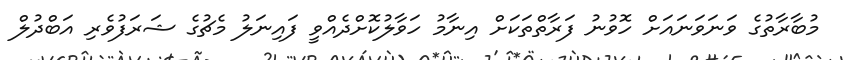
މުބާރާތުގެ ވަނަވަނައަށް ހޮވުނު ފަރާތްތަކަށް އިނާމު ހަވާލުކޮށްދެއްވީ ފައިނަލު މެޗުގެ ޝަރަފުވެރި އަބްދުލް